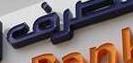
طرف